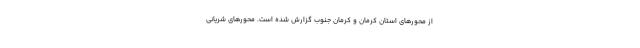
از محور‌های استان کرمان و کرمان جنوب گزارش شده است. محور‌های شریانی